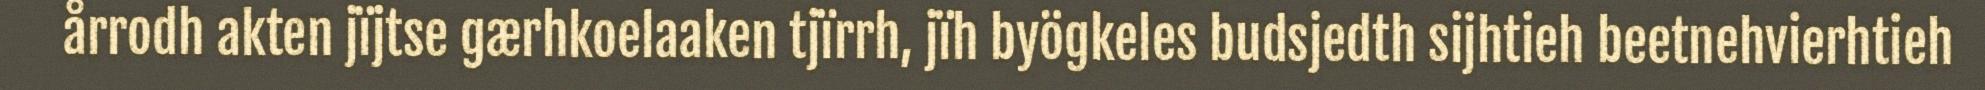
årrodh akten jïjtse gærhkoelaaken tjïrrh, jïh byögkeles budsjedth sijhtieh beetnehvierhtieh